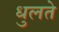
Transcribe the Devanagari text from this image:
धुलते